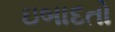
ઇબાદતો